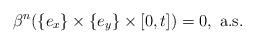
LaTeX: \begin{align*}\beta^n(\{e_x\} \times \{e_y\}\times [0,t]) = 0, \mbox{ a.s. }\end{align*}